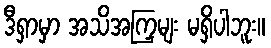
ဒီရှာမှာ အသိအကြှမျး မရှိပါဘူး။